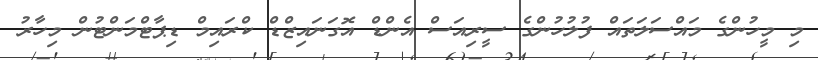
މި މީހުންގެ މައްސަލަތައް ފުލުހުންގެ ސީރިއަސް އެންޑް އޮގަނައިޒްޑް ކްރައިމް ޑިޕާޓްމަންޓުން މިހާރު